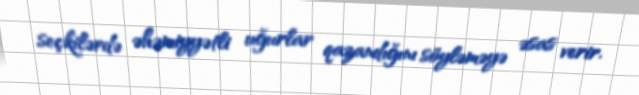
seçkilərdə əhəmiyyətli uğurlar qazandığını söyləməyə əsas verir.